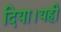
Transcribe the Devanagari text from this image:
दिया।यही